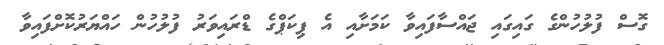
ގޮސް ފުލުހުންގެ ގައިގައި ޖައްސާފައިވާ ކަމަށާއި އެ ޕިކަޕްގެ ޑްރައިވަރު ފުލުހުން ހައްޔަރުކޮށްފައިވާ